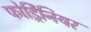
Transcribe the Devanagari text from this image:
फोर्ड्रिनियर